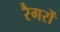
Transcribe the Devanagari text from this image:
रैगरों